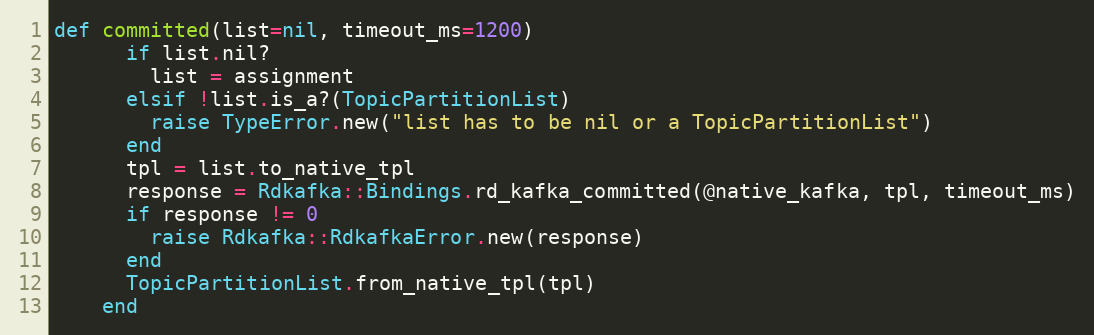
Language: Ruby
def committed(list=nil, timeout_ms=1200)
      if list.nil?
        list = assignment
      elsif !list.is_a?(TopicPartitionList)
        raise TypeError.new("list has to be nil or a TopicPartitionList")
      end
      tpl = list.to_native_tpl
      response = Rdkafka::Bindings.rd_kafka_committed(@native_kafka, tpl, timeout_ms)
      if response != 0
        raise Rdkafka::RdkafkaError.new(response)
      end
      TopicPartitionList.from_native_tpl(tpl)
    end